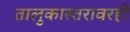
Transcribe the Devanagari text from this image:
तालुकास्तरावरही